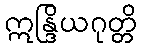
ဣန္ဒြိယဂုတ္တိ